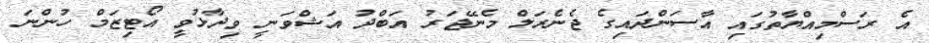
އެ ރަސްމިއްޔާތުގައި އާސަންދައިގެ ޖެނެރަލް މެނޭޖަރު އަބްދު އަޝްވަނީ ވިދާޅުވީ އޯޓިޒަމް ހުންނަ